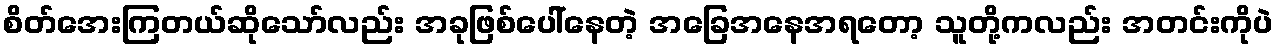
စိတ်အေးကြတယ်ဆိုသော်လည်း အခုဖြစ်ပေါ်နေတဲ့ အခြေအနေအရတော့ သူတို့ကလည်း အတင်းကိုပဲ